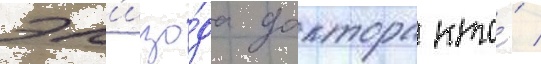
эп'изо́да доктора кто́ /